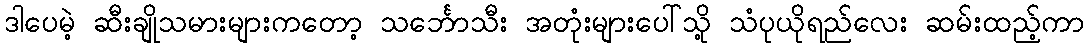
ဒါပေမဲ့ ဆီးချိုသမားများကတော့ သင်္ဘောသီး အတုံးများပေါ်သို့ သံပုယိုရည်လေး ဆမ်းထည့်ကာ